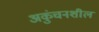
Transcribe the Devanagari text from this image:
अकुंचनशील